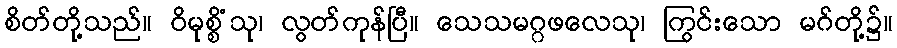
စိတ်တို့သည်။ ဝိမုစ္စိံသု၊ လွတ်ကုန်ပြီ။ သေသမဂ္ဂဖလေသု၊ ကြွင်းသော မဂ်တို့၌။